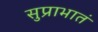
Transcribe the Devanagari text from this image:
सुप्राभातं